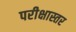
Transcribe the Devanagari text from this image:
परीक्षास्तर